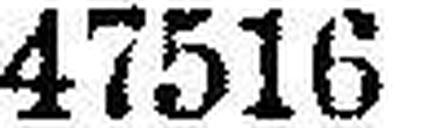
47516